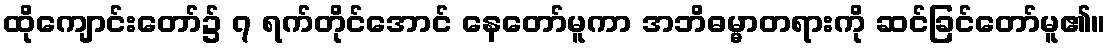
ထိုကျောင်းတော်၌ ၇ ရက်တိုင်အောင် နေတော်မူကာ အဘိဓမ္မာတရားကို ဆင်ခြင်တော်မူ၏။